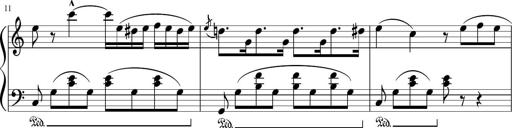
Title: 3 Sonatinen
Composer: Heinrich Lichner